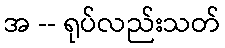
အ -- ရုပ်လည်းသတ်